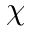
\chi